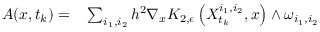
\begin{array} { r l } { A ( x , t _ { k } ) = } & { { } \sum _ { i _ { 1 } , i _ { 2 } } h ^ { 2 } \nabla _ { x } K _ { 2 , \epsilon } \left( X _ { t _ { k } } ^ { i _ { 1 } , i _ { 2 } } , x \right) \wedge \omega _ { i _ { 1 } , i _ { 2 } } } \end{array}